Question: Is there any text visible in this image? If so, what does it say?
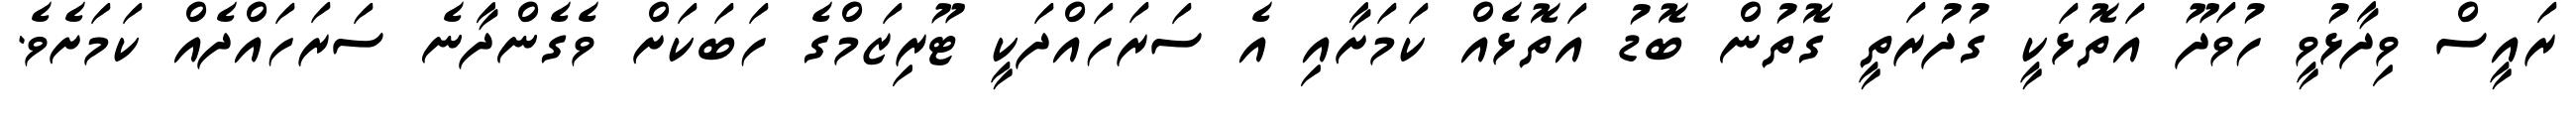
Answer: ރައީސް ވިދާޅުވީ ހުވަދޫ އަތޮޅަކީ ގުދުރަތީ ގޮތުން ބޮޑު އަތޮޅެއް ކަމަށާއި އެ ސަރަހައްދަކީ ޓޫރިޒަމްގެ ހަބަކަށް ވެގެންދާނެ ސަރަހައްދެއް ކަމަށެވެ.